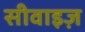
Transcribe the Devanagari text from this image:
सीवाइज़